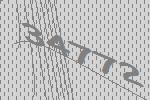
34772